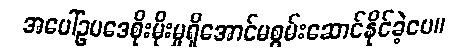
အပေါ်ဥပဒေစိုးမိုးမှုရှိအောင်မစွမ်းဆောင်နိုင်ခဲ့ပေ။